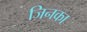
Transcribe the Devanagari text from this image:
जिनका